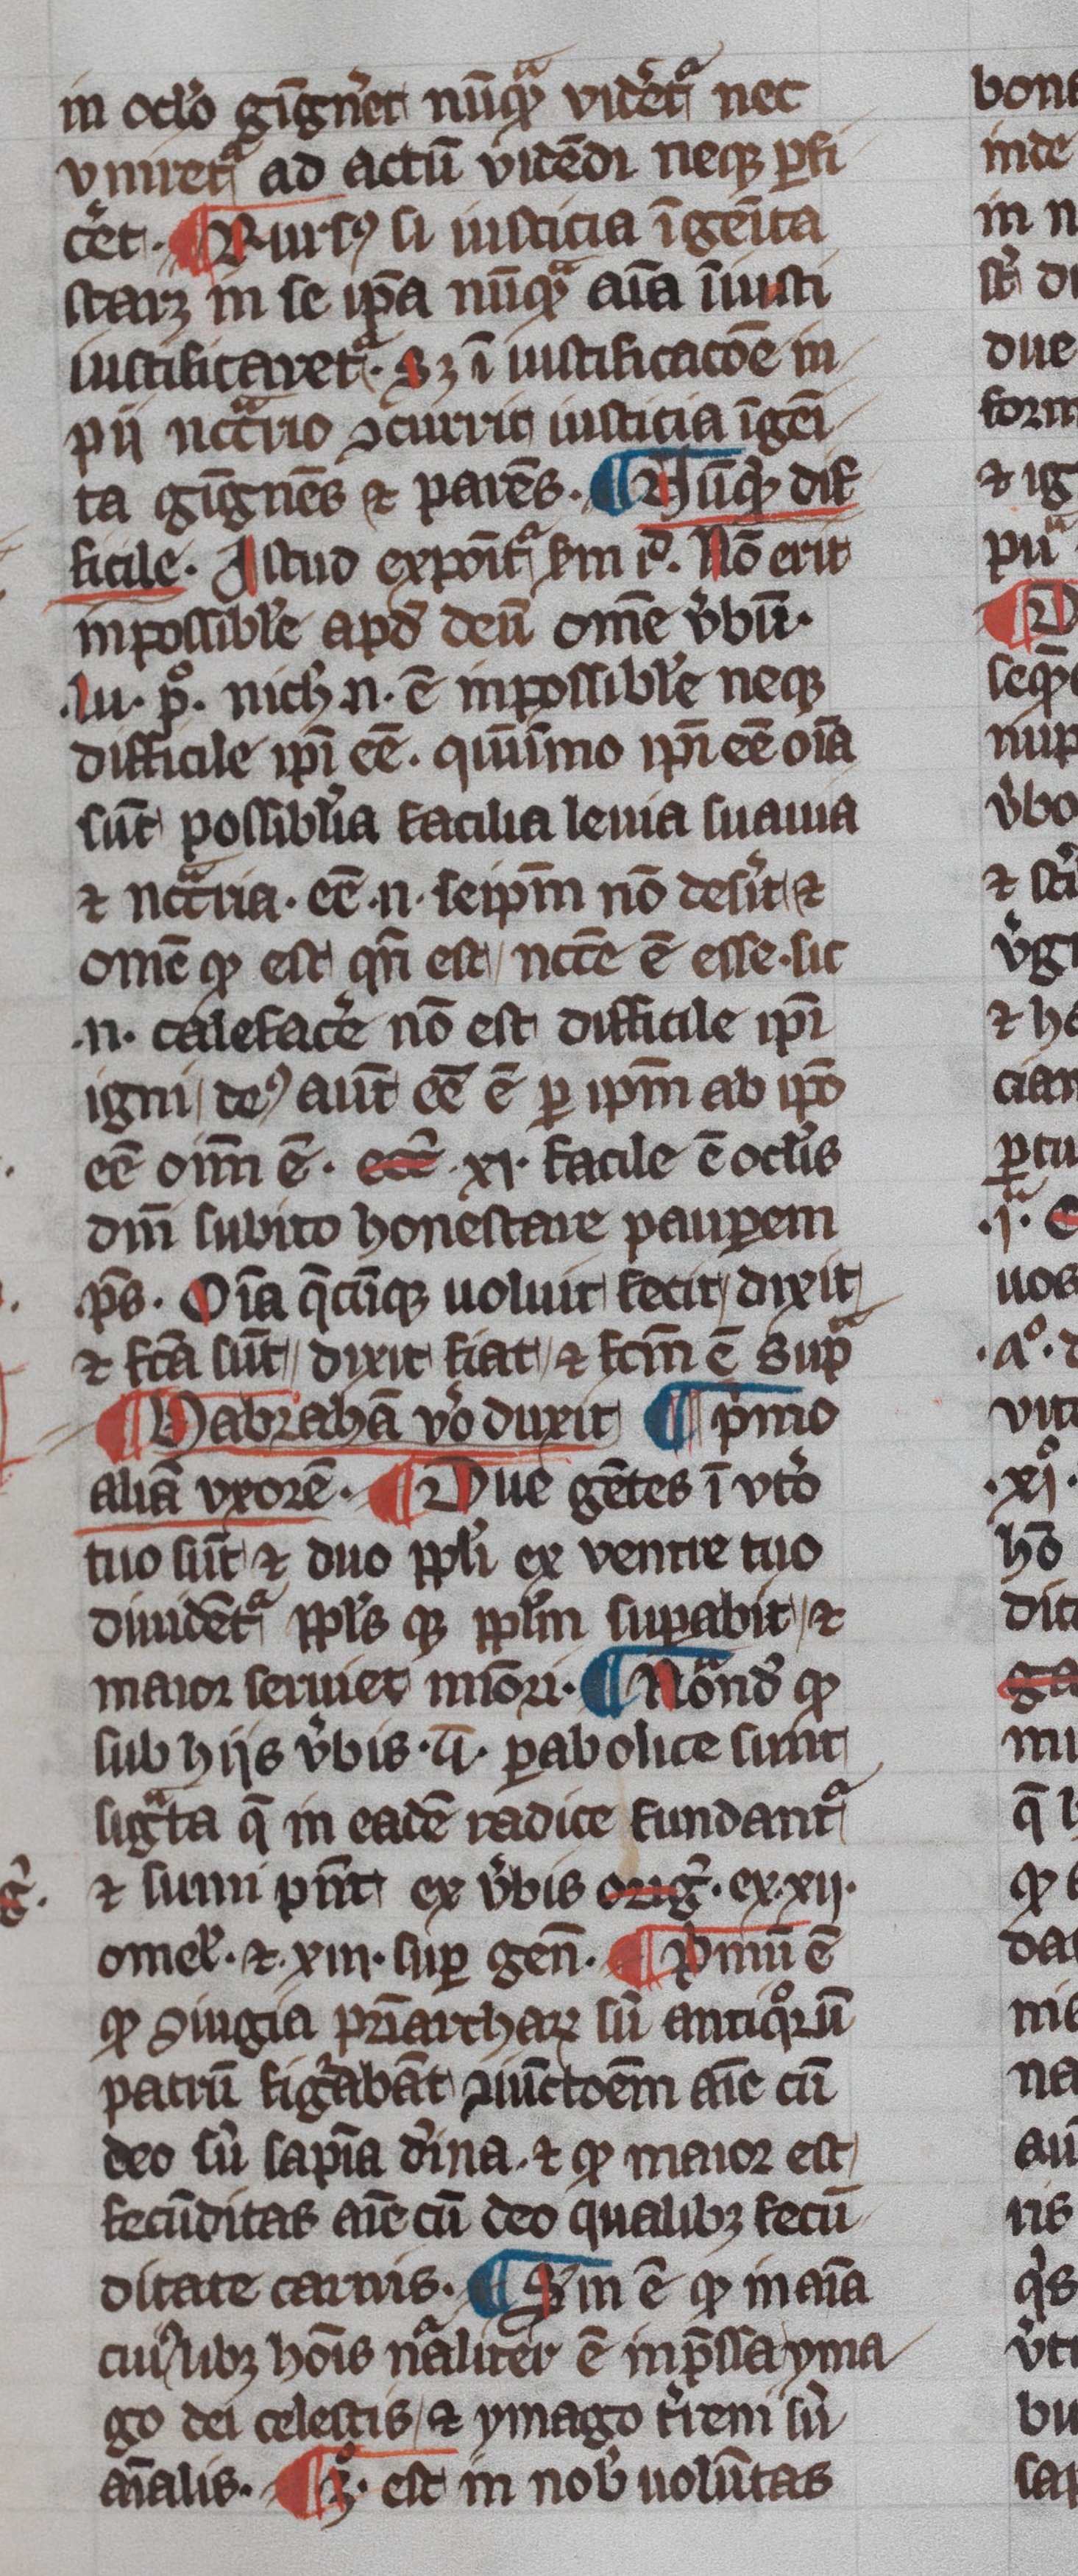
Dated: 1345–1355